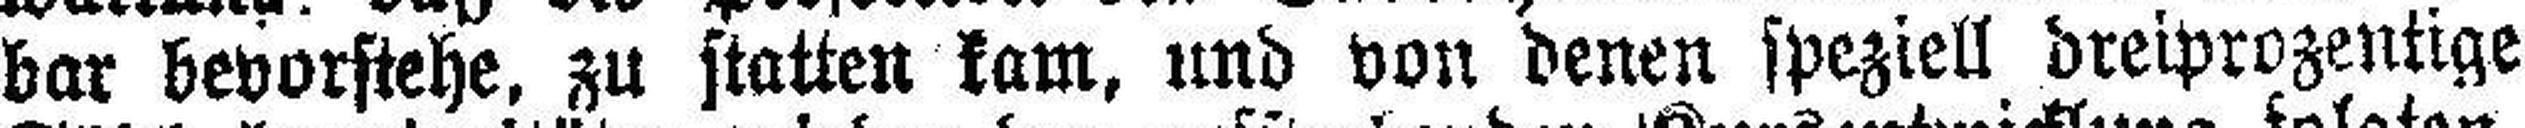
bar bevorstehe, zu statten kam, und von denen speziell dreiprozentige